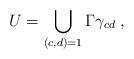
LaTeX: \begin{align*}U=\bigcup_{(c,d)=1}\Gamma\gamma_{cd}\;,\end{align*}